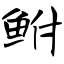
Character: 鲋